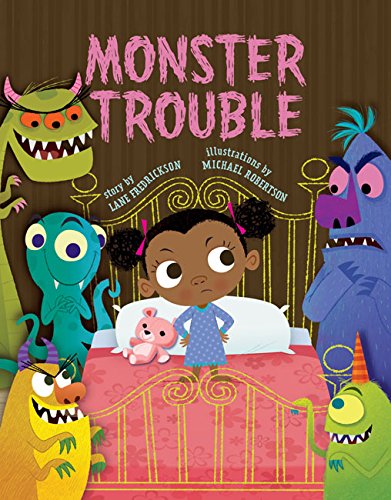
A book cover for Monster Trouble!; Lane Fredrickson; Children's Books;